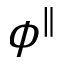
\phi ^ { \parallel }